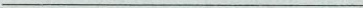
___